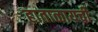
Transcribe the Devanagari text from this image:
हाताळायची